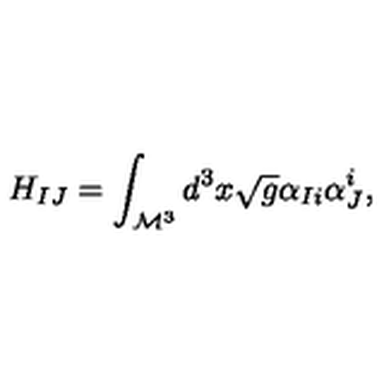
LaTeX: H _ { I J } = \int _ { \mathcal { M } ^ { 3 } } d ^ { 3 } x \sqrt { g } \alpha _ { I i } \alpha _ { J } ^ { i } ,